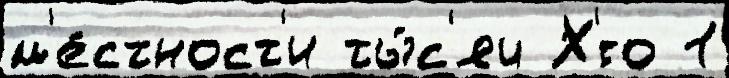
м'е́стност'и ты́с'яч Х'́го 1